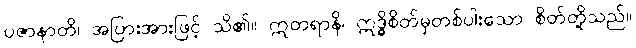
ပဇာနာတိ၊ အပြားအားဖြင့် သိ၏။ ဣတရာနိ၊ ဣဒ္ဓိစိတ်မှတစ်ပါးသော စိတ်တို့သည်။